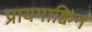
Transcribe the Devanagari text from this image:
प्रायमाक्विन